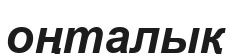
оңталық